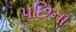
પછિના